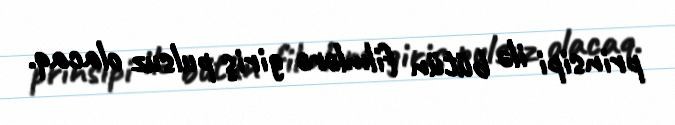
prinsipi ilə bütün filmlərə giriş pulsuz olacaq.